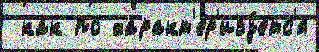
 как по характ'ер'изу́етс'я